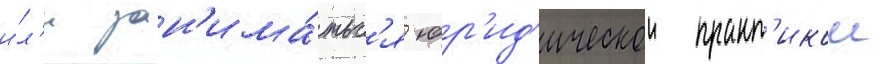
и́л'и зан'има́тьс'я юр'ид'ическои практ'икои